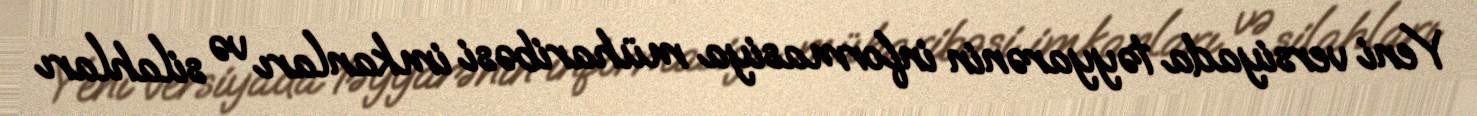
Yeni versiyada təyyarənin informasiya müharibəsi imkanları və silahları